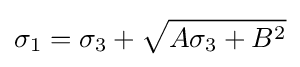
\sigma _{1}=\sigma _{3}+{\sqrt {A\sigma _{3}+B^{2}}}